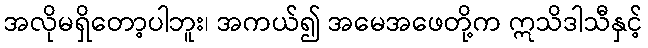
အလိုမရှိတော့ပါဘူး၊ အကယ်၍ အမေအဖေတို့က ဣသိဒါသီနှင့်